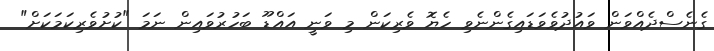
ގެނެސްދެއްވަން ވައުދުވެވަޑައިގެންނެވި ހެޔޮ ވެރިކަން މި ވަނީ އައްޑޫ ބަހުރުވައިން ނަމަ "ކުށުވެރިކަމަކަށް"